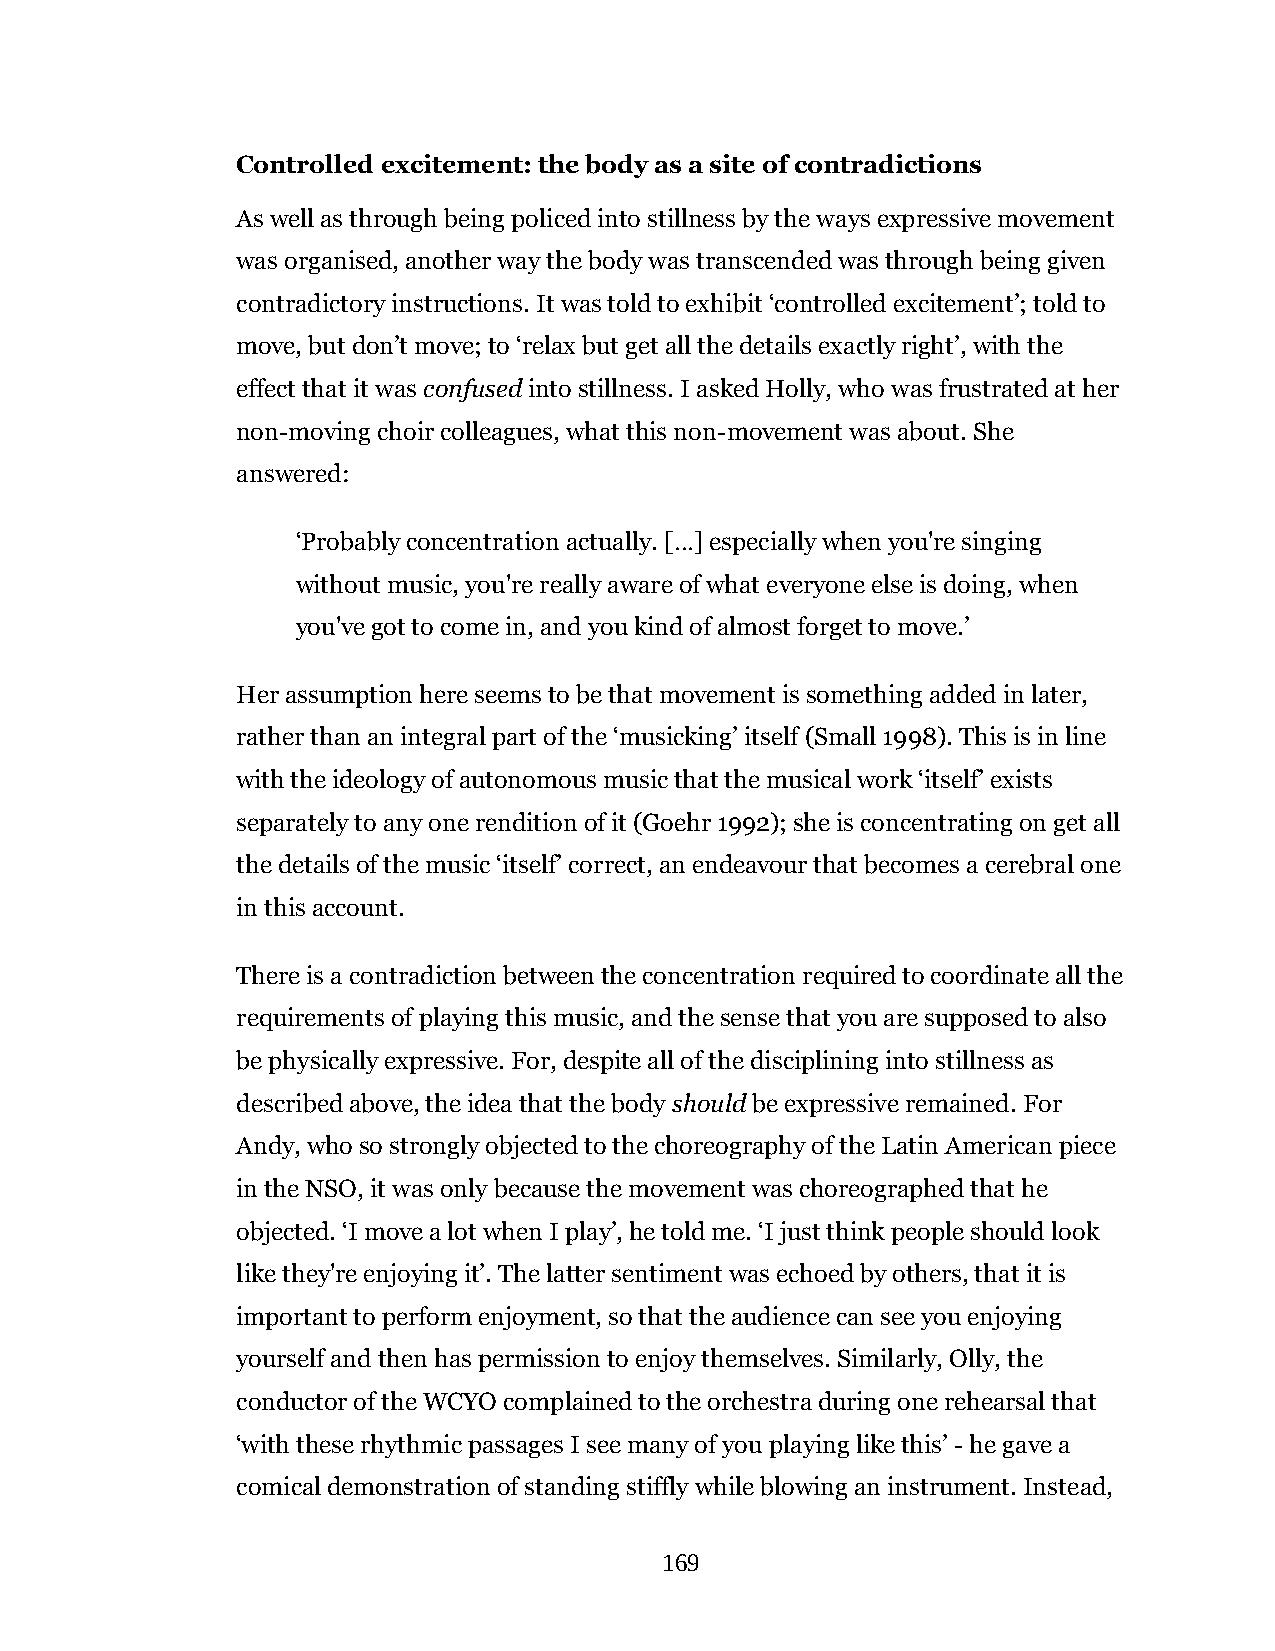
Controlled excitement: the body as a site of contradictions
 As well as through being policed into stillness by the ways expressive movement
 was organised, another way the body was transcended was through being given
 contradictory instructions. It was told to exhibit ‘controlled excitement’; told to
 move, but don’t move; to ‘relax but get all the details exactly right’, with the
 effect that it was confused into stillness. I asked Holly, who was frustrated at her
 non-moving choir colleagues, what this non-movement was about. She
 answered:
 ‘Probably concentration actually. […] especially when you're singing
 without music, you're really aware of what everyone else is doing, when
 you've got to come in, and you kind of almost forget to move.’
 Her assumption here seems to be that movement is something added in later,
 rather than an integral part of the ‘musicking’ itself (Small 1998). This is in line
 with the ideology of autonomous music that the musical work ‘itself’ exists
 separately to any one rendition of it (Goehr 1992); she is concentrating on get all
 the details of the music ‘itself’ correct, an endeavour that becomes a cerebral one
 in this account.
 There is a contradiction between the concentration required to coordinate all the
 requirements of playing this music, and the sense that you are supposed to also
 be physically expressive. For, despite all of the disciplining into stillness as
 described above, the idea that the body should be expressive remained. For
 Andy, who so strongly objected to the choreography of the Latin American piece
 in the NSO, it was only because the movement was choreographed that he
 objected. ‘I move a lot when I play’, he told me. ‘I just think people should look
 like they're enjoying it’. The latter sentiment was echoed by others, that it is
 important to perform enjoyment, so that the audience can see you enjoying
 yourself and then has permission to enjoy themselves. Similarly, Olly, the
 conductor of the WCYO complained to the orchestra during one rehearsal that
 ‘with these rhythmic passages I see many of you playing like this’ - he gave a
 comical demonstration of standing stiffly while blowing an instrument. Instead,
 169